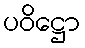
ပဝိဋ္ဌော